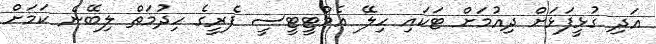
އަދި ގުޅީފަޅަށް ދިއުމަށް ޓަކައި ހިލޭ އެމްޓީޓީސީ ފެރީގެ ހިދުމަތް ލިބޭނެ ކަމަށް